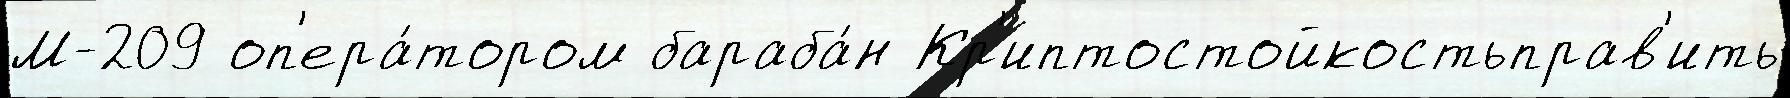
М-209 оп'ера́тором бараба́н Кр'иптостойкостьправ'ить